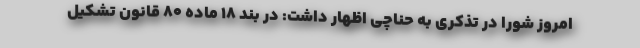
امروز شورا در تذکری به حناچی اظهار داشت: در بند ۱۸ ماده ۸۰ قانون تشکیل